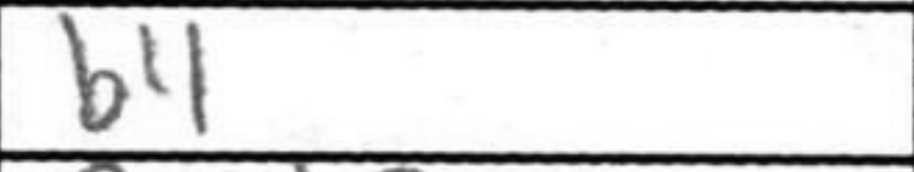
Transcription: b4